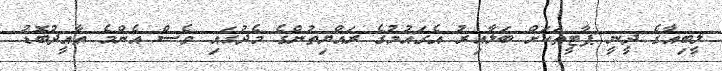
ލީބިއާގެ ދީނީ ޕާޓީތަކަށް ބަލާއިރު އެގައުމުގެ ރައްޔިތުންގެ މެދުގައި ވެސް އެންމެ ތާއީދުބޮޑު